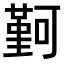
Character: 𫮭